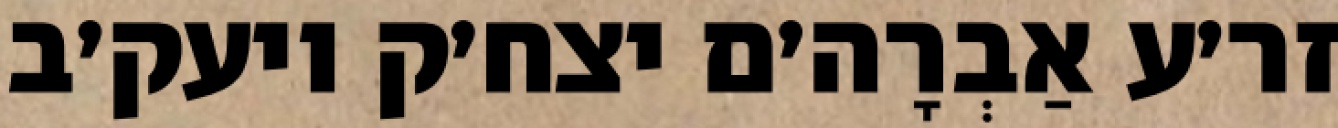
זר׳ע אַבְרָה׳ם יצח׳ק ויעק׳ב